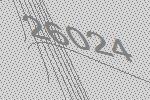
26024